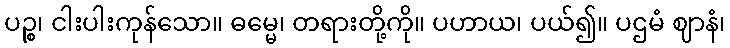
ပဉ္စ၊ ငါးပါးကုန်သော။ ဓမ္မေ၊ တရားတို့ကို။ ပဟာယ၊ ပယ်၍။ ပဌမံ ဈာနံ၊